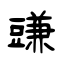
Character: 豏